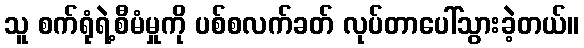
သူ စက်ရုံရဲ့စီမံမှုကို ပစ်စလက်ခတ် လုပ်တာပေါ်သွားခဲ့တယ်။